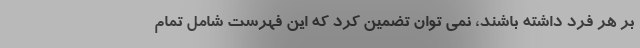
بر هر فرد داشته باشند، نمی توان تضمین کرد که این فهرست شامل تمام